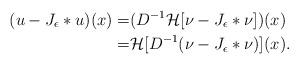
LaTeX: \begin{align*}(u-J_{\epsilon}*u)(x)=&(D^{-1}\mathcal{H}[\nu-J_{\epsilon}*\nu])(x) \\=&\mathcal{H}[D^{-1}(\nu-J_{\epsilon}*\nu)](x).\end{align*}